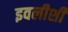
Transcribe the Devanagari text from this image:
इवलीशी